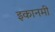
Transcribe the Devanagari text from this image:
इकानमी